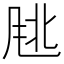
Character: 𬱹